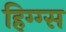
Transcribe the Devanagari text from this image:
हिग्ग्स